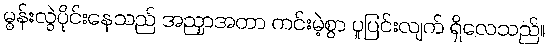
မွန်းလွဲပိုင်းနေသည် အညှာအတာ ကင်းမဲ့စွာ ပူပြင်းလျက် ရှိလေသည်။